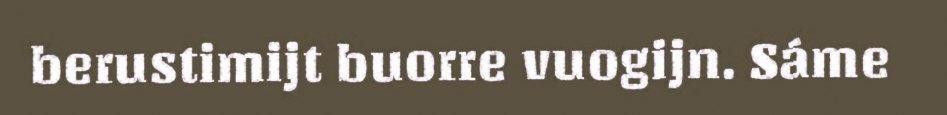
berustimijt buorre vuogijn. Sáme